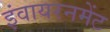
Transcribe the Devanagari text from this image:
इंवायरनमेंट